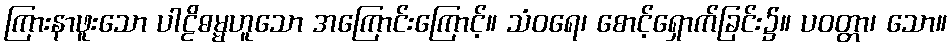
ကြားနာဖူးသော ပါဠိဓမ္မဟူသော အကြောင်းကြောင့်။ သံဝရေ၊ စောင့်ရှောက်ခြင်း၌။ ပဝတ္တာ၊ သော။